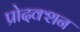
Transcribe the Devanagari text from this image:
प्रोदक्शन